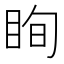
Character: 眴